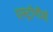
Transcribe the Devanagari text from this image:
एस्ट्रोनौमी